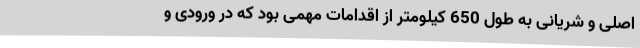
اصلی و شریانی به طول 650 کیلومتر از اقدامات مهمی بود که در ورودی و